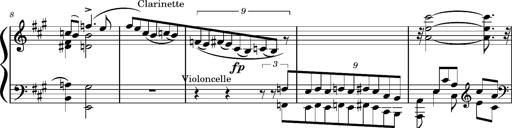
Title: Concerto sans orchestre, S.524a
Composer: Franz Liszt
Key: A major